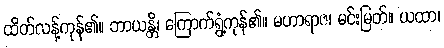
ထိတ်လန့်ကုန်၏။ ဘာယန္တိ၊ ကြောက်ရွံ့ကုန်၏။ မဟာရာဇ၊ မင်းမြတ်။ ယထာ၊